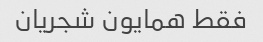
فقط همایون شجریان